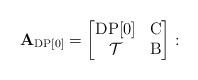
LaTeX: \begin{align*}\mathbf{A}_{\operatorname{DP[0]}}=\begin{bmatrix} \operatorname{DP[0]} & \operatorname{C} \\ \mathcal{T} & \operatorname{B}\end{bmatrix}:\end{align*}